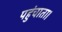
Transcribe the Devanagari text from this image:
पहुंचाता।